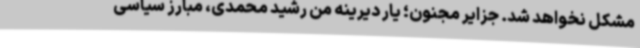
مشکل نخواهد شد. جزایر مجنون؛ یار دیرینه‌ من رشید محمدی، مبارز سیاسی